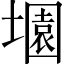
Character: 𡑰